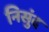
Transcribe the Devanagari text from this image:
निसुंद